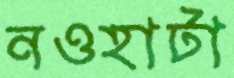
নওহাটা